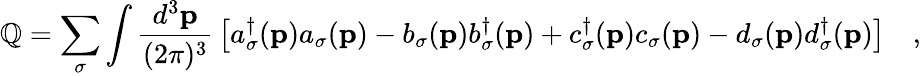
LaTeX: \mathbb{Q}=\sum_{\sigma}\int\frac{{d^{3}{\mathbf{p}}}}{{(2\pi)^{3}}}\, \left[a_{\sigma}^{\dagger}({\mathbf{p}})a_{\sigma}({\mathbf{p}})-b_{\sigma}({\mathbf{p}})b_{\sigma}^{\dagger}({\mathbf{p}})+c_{\sigma}^{\dagger}({\mathbf{p}})c_{\sigma}({\mathbf{p}})-d_{\sigma}({\mathbf{p}})d_{\sigma}^{\dagger}({\mathbf{p}})\right]\quad,